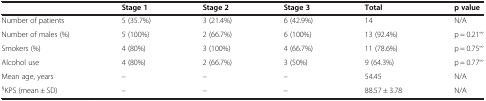
|  | Stage 1 | Stage 2 | Stage 3 | Total | p value |
 | --- | --- | --- | --- | --- | --- |
 | Number of patients | 5 (35.7%) | 3 (21.4%) | 6 (42.9%) | 14 | N/A |
 | Number of males (%) | 5 (100%) | 2 (66.7%) | 6 (100%) | 13 (92.4%) | p = 0.21∞ |
 | Smokers (%) | 4 (80%) | 3 (100%) | 4 (66.7%) | 11 (78.6%) | p = 0.75∞ |
 | Alcohol use | 4 (80%) | 2 (66.7%) | 3 (50%) | 9 (64.3%) | p = 0.77∞ |
 | Mean age, years | – | – | – | 54.45 | N/A |
 | §KPS (mean ± SD) | – | – | – | 88.57 ± 3.78 | N/A |